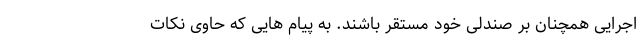
اجرایی همچنان بر صندلی خود مستقر باشند. به پیام هایی که حاوی نکات